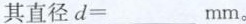
其直径d=___mm。